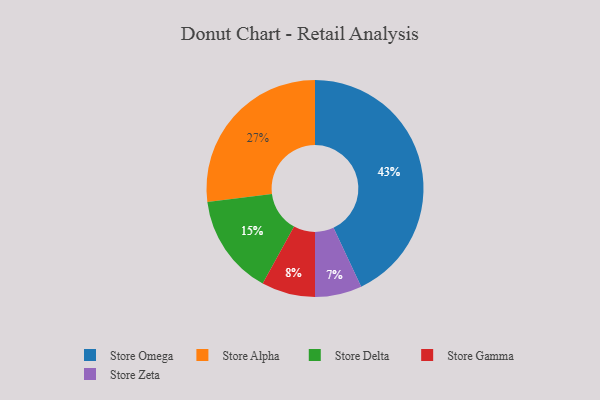
{"axis": {"x": "Category", "y": "Percentage"}, "legend": ["Store Alpha", "Store Delta", "Store Gamma", "Store Omega", "Store Zeta"], "data": [{"x": "Store Delta", "y": 15, "type": "Store Delta"}, {"x": "Store Alpha", "y": 27, "type": "Store Alpha"}, {"x": "Store Zeta", "y": 7, "type": "Store Zeta"}, {"x": "Store Omega", "y": 43, "type": "Store Omega"}, {"x": "Store Gamma", "y": 8, "type": "Store Gamma"}]}